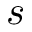
s